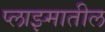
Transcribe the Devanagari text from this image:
प्लाझ्मातील